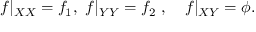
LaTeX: f | _ { X \o X } = f _ { 1 } , \ f | _ { Y \o Y } = f _ { 2 } \ , \quad f | _ { X \o Y } = \phi .